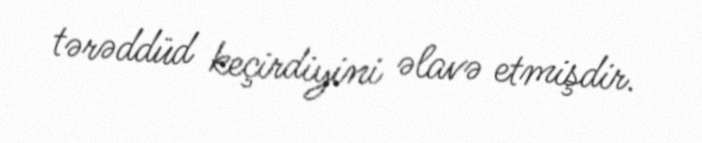
tərəddüd keçirdiyini əlavə etmişdir.